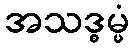
အသဒ္ဓမ္မံ